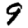
Digit: 9